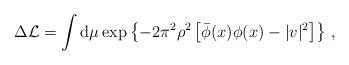
LaTeX: \begin{align*}\Delta {\cal L}= \int {\rm d}\mu\exp\left\{-2\pi^2\rho^2\left[\bar\phi(x)\phi(x)-|v|^2\right]\right\}\,,\end{align*}